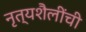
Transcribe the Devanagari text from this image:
नृत्यशैलींची